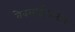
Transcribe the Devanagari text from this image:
वेबसाईटवरुन